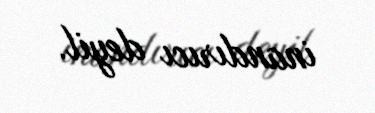
inandırıcı deyil.